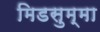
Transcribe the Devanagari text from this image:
मिडसुम्मा